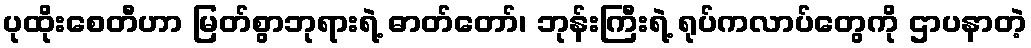
ပုထိုးစေတီဟာ မြတ်စွာဘုရားရဲ့ ဓာတ်တော်၊ ဘုန်းကြီးရဲ့ ရုပ်ကလာပ်တွေကို ဌာပနာတဲ့